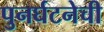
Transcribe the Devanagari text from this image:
पुनर्घटनेची